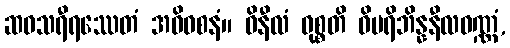
ဆဝသရီရဿေတံ အဓိဝစနံ။ ဝိနီလံ ဝုစ္စတိ ဝိပရိဘိန္နနီလဝဏ္ဏံ,